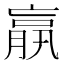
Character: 𦝠